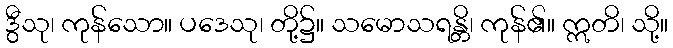
ဒွီသု၊ ကုန်သော။ ပဒေသု၊ တို့၌။ သမောသရန္တိ၊ ကုန်၏။ ဣတိ၊ သို့။